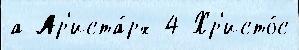
а Ар'иста́рх 4 Хр'исто́с